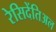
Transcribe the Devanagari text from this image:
रेसिदेंतिअल